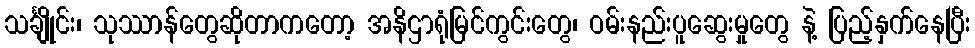
သင်္ချိုင်း၊ သုဿာန်တွေဆိုတာကတော့ အနိဌာရုံမြင်ကွင်းတွေ၊ ဝမ်းနည်းပူဆွေးမှုတွေ နဲ့ ပြည့်နှက်နေပြီး